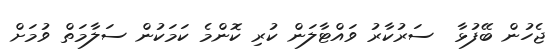
ޖެހުން ބޭފުޅާ  ސަރުކާރު ވައްޓާލަން ކުރި ކޮންމެ ކަމަކުން ސަލާމަތް ވުމަށް